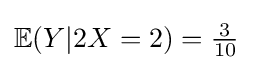
\mathbb {E} (Y|2X=2)={\tfrac {3}{10}}